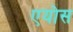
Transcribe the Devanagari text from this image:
एयोस